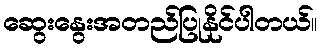
ဆွေးနွေးအတည်ပြုနိုင်ပါတယ်။